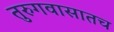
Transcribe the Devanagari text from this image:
तुरुगवासातच